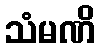
သံမဏိ